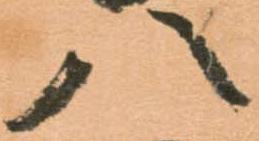
八